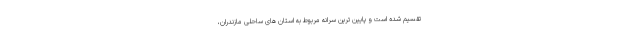
تقسیم شده است و پایین ترین سرانه مربوط به استان های ساحلی مازندران،